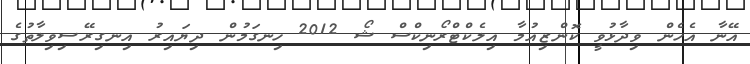
އޭނާ އެހެން ވިދާޅުވީ ކޮންޒިއުމާ އިލެކްޓްރޯނިކްސް ޝޯ 2012 ހިނގަމުން ދިޔައިރު އިނގިރޭސިވިލާތުގެ